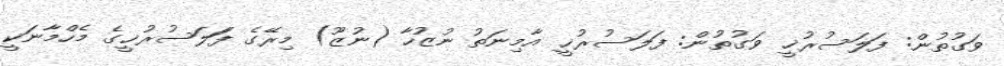
ވަގުތުން: ފަލަސުރުޚީ ވަގުތުން: ފަލަސުރުޚީ އާމިނަތު ނުޒުހާ (ނުޒޫ) މިރޭގެ ފަަލަސުރުޚީގެ މެހްމާނަކީ